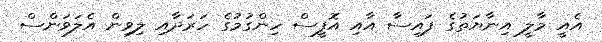
އެއީ މާލީ އިނާޔަތުގެ ފައިސާ އާއި އޮފީސް ހިންގުމުގެ ހަރަދާއި ލިވިން އެލަވަންސް